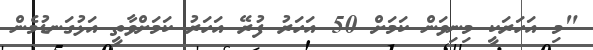
"މި އަހަރަކީ މިނިވަން ކަމަށް 50 އަހަރު ފުރޭ އަހަރު ކަމަށްވާތީ އަޅުގަނޑުމެން